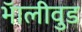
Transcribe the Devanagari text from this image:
भॅालीवुड